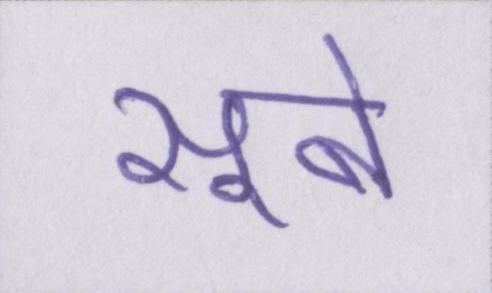
सूबे